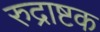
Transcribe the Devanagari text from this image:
रुद्राष्टक